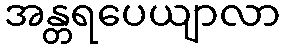
အန္တရပေယျာလာ